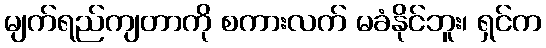
မျက်ရည်ကျတာကို စကားလက် မခံနိုင်ဘူး၊ ရှင်က